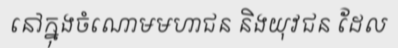
នៅក្នុងចំណោមមហាជន និងយុវជន ដែល